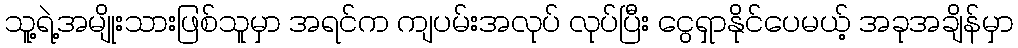
သူ့ရဲ့အမျိုးသားဖြစ်သူမှာ အရင်က ကျပမ်းအလုပ် လုပ်ပြီး ငွေရှာနိုင်ပေမယ့် အခုအချိန်မှာ